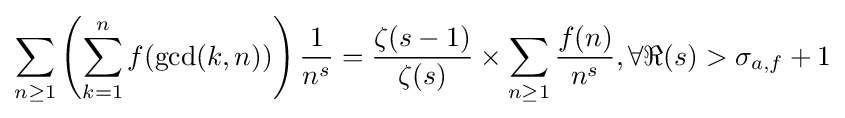
\sum _{n\geq 1}\left(\sum _{k=1}^{n}f(\gcd(k,n))\right){\frac {1}{n^{s}}}={\frac {\zeta (s-1)}{\zeta (s)}}\times \sum _{n\geq 1}{\frac {f(n)}{n^{s}}},\forall \Re (s)>\sigma _{a,f}+1